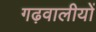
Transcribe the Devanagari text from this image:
गढ़वालीयों